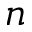
n